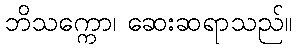
ဘိသက္ကော၊ ဆေးဆရာသည်။